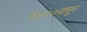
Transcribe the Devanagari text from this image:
१४००पासून